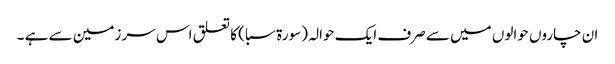
ان چاروں حوالوں میں سے صرف ایک حوالہ (سورة سبا ) کا تعلق اس سر زمین سے ہے ۔